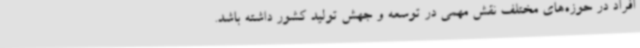
افراد در حوزه‌های مختلف نقش مهمی در توسعه و جهش تولید کشور داشته باشد.